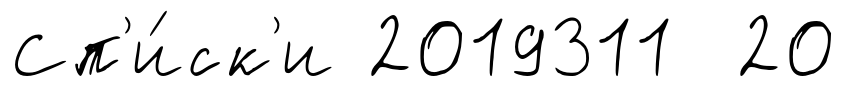
Сп'и́ск'и 2019311 20